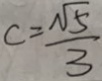
c = \frac { \sqrt { 5 } } { 3 }